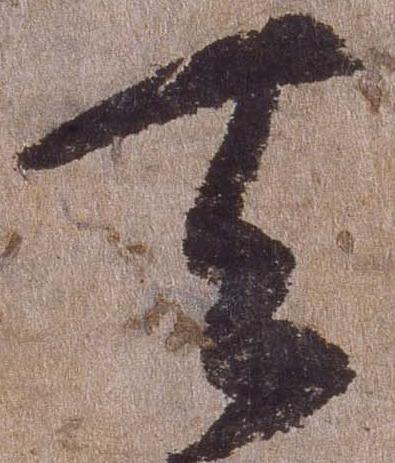
天